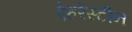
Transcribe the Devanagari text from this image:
ऐहरेंस्टीन